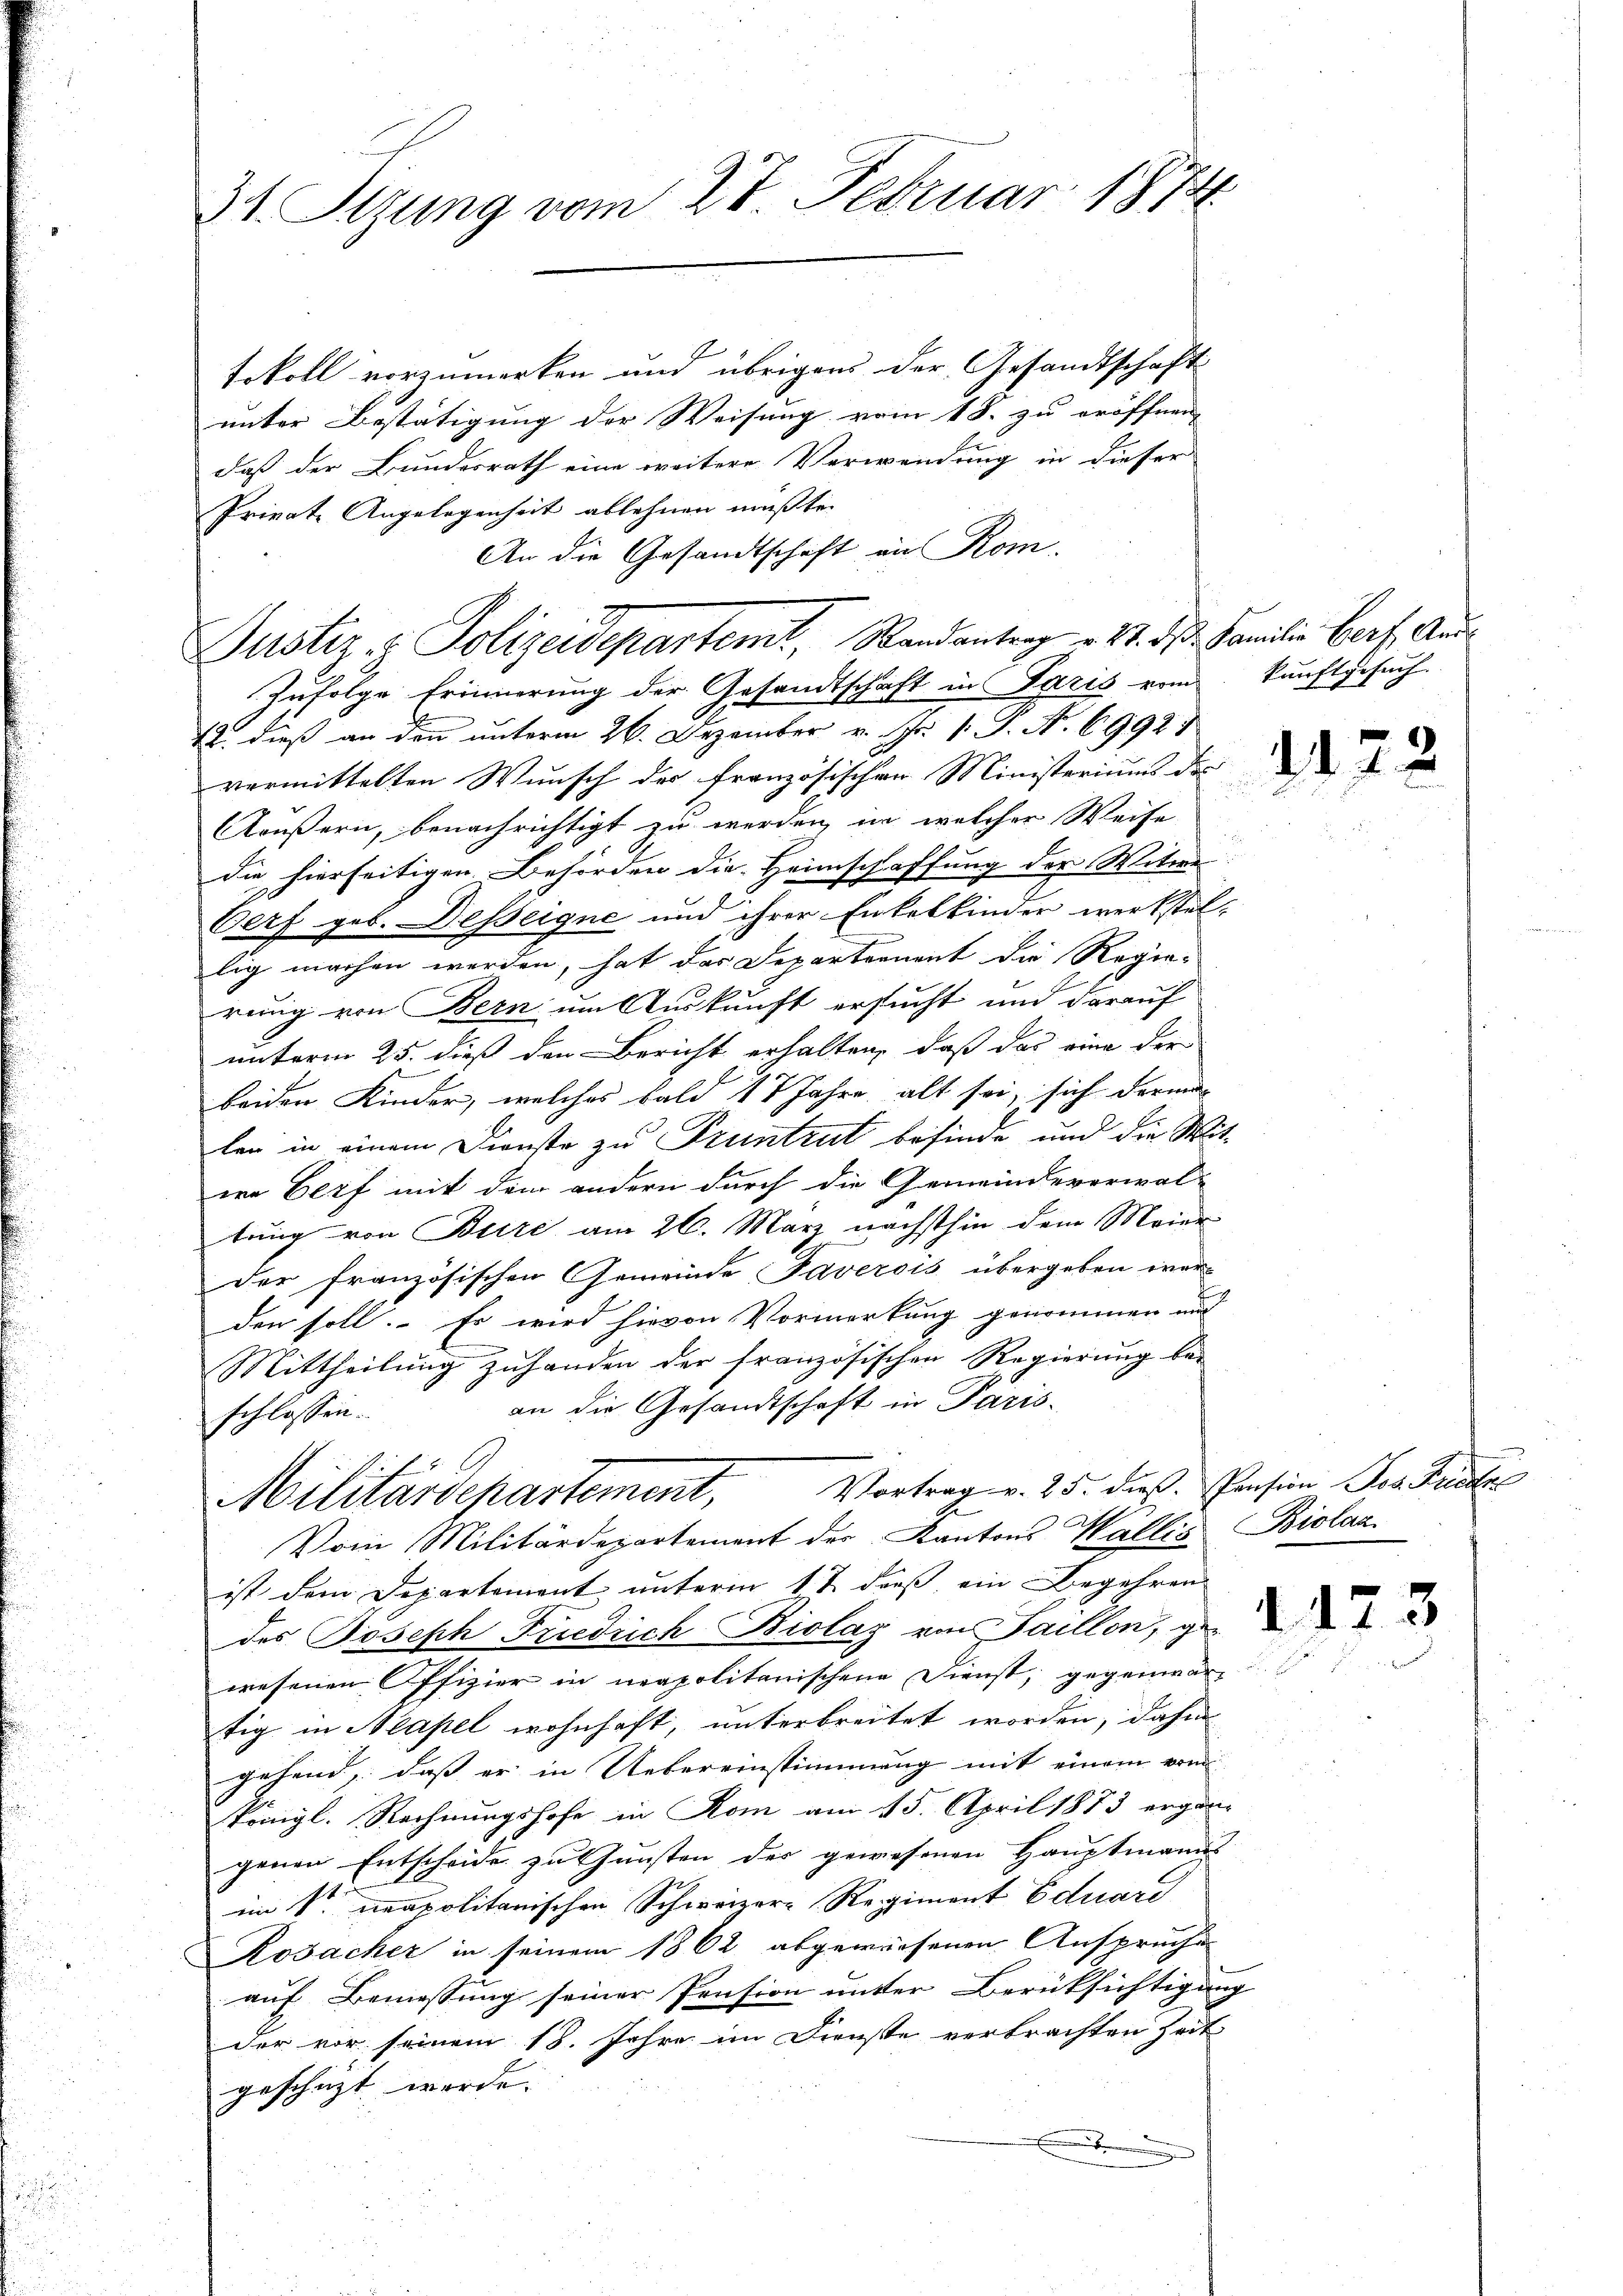
31. Sizung vom 27. Februar 1874

tokoll vorzumerken und übrigens der Gesandtschaft
unter Bestätigung der Weisung vom 18. zu eröffnen |
daß der Bundesrath eine weitere Verwendung in dieser
Private Angelegenheit ablehnen mußte.
An die Gesandtschaft an Rom.
Zufolge Erinnerung der Gesandtschaft in Paris vom kunftgesuch
12. dieß an den unterm 26. Dezember v. pr. 1. J. A. 6992.
vermittelten Wunsch der französischen Ministeriums des
Aeußern, benachrichtigt zu werden, in welcher Weise
die hierseitigen Behörden die Heimschaffung der Witwe
Cerf geb. Desseigne und ihrer Enkelkinder werkstellig machen werden, hat der Departernent die Regierung von Bern um Auskunft ersucht und darauf
unterm 25. dieß den Bericht erhalten, daß das eine der
beiden Kinder, welches bald 17 Jahre alt sei, sich derma
len in einem Dienste zu Pruntrut befinde und die Mit-
ern Gerf mit dem andern durch die Gemeindeverwal-
tung von Bure am 26. März nächsthin dem Meier-
der französischen Gemeinde Taverois übergeben war-
den soll. Es wird hievon Vormerkung genommen und
.
Mittheilung zuhanden der französischen Regierung be-
an die Gesandtschaft in Parisschlossen.
 f 2
Vortrag v. 25. dieß. Pension Jos. Friede
Miturardepartement,
Vom Militärdepartement der Kantons Wallis Biolaa
ist dem Departement unterm 1 t dieß ein Begehren
der Joseph Friedrich Biolaz von Fallen, ge
wesenen Offizier in neapolitanischen Dienst, gegenwär
tig in Neapel wohnhaft, unterbreitet worden, dahin
gehend, dass er in Uebereinstimmung mit einem von
königl. Rechnungshofe in Rom am 15. April 1873 ergän
genen Entscheide zu Gunsten der gewesenen Hauptmanns
im St. Neapolitanischen Schweizere Regiment Eduard
Kosacher in seinem 1862 abgewiesenen Ansprüche
auf Bemessung seiner Pension unter Berüksichtigung
der vor seinem 18. Jahre im Dienste verbrachten Zeit
geschüzt werde.
.

Justiz & Polizeidepartem Randantrag v. 21. d. Familie Gerf. Auss

2122